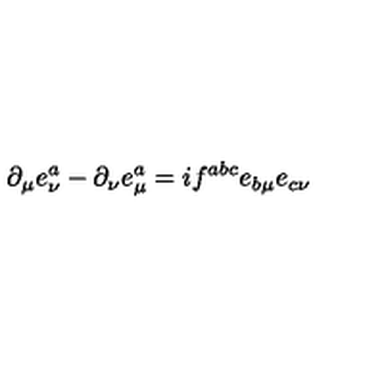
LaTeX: \partial _ { \mu } e _ { \nu } ^ { a } - \partial _ { \nu } e _ { \mu } ^ { a } = i f ^ { a b c } e _ { b \mu } e _ { c \nu }